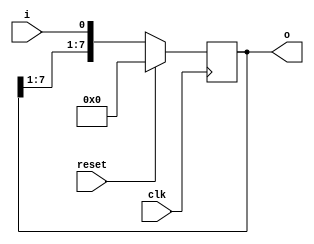
module S2P(i, o, reset, clk);
parameter WIDTH=8;

input i, clk, reset;
output reg [WIDTH-1:0] o;

always@(posedge clk)
begin
	if (reset)
		o <= 0;
	else
		o <= {o[WIDTH-1:1], i};
end

endmodule

module P2S(i, o, reset, clk);
parameter WIDTH=8;

input clk, reset;
output o;
input [WIDTH-1:0] i;
reg [WIDTH-1:0] i_r;

assign o = ^i_r;

always@(posedge clk)
begin
	i_r <= i;
end

endmodule